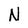
Character: N